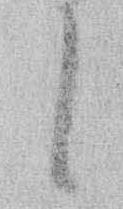
に